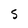
Character: S